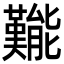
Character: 㔮